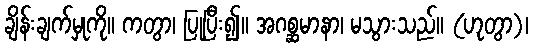
ချိန်းချက်မှုကို။ ကတွာ၊ ပြုပြီး၍။ အဂစ္ဆမာနာ၊ မသွားသည်။ (ဟုတွာ)၊